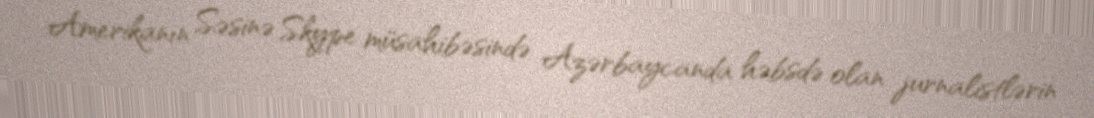
Amerikanın Səsinə Skype müsahibəsində Azərbaycanda həbsdə olan jurnalistlərin